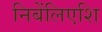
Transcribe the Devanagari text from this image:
निबेंलिएशि